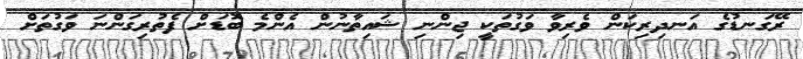
ރޭގަނޑުގެ އަނދިރިކަން ވެރިވާ ވަގުތަކީ ޖިންނި ޝައިތާނުން އެންމެ ބޮޑަށް ފެތުރިގަންނަ ވަގުތަށް